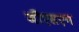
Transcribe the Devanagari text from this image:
जीएसएन